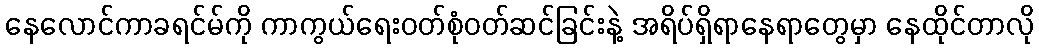
နေလောင်ကာခရင်မ်ကို ကာကွယ်ရေးဝတ်စုံဝတ်ဆင်ခြင်းနဲ့ အရိပ်ရှိရာနေရာတွေမှာ နေထိုင်တာလို